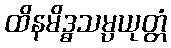
ထိနမိဒ္ဓသမ္ပယုတ္တံ